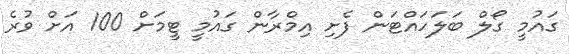
ގައުމީ ގޯލް ބަލަހައްޓަން ފެށި އިމްރާން ގައުމީ ޓީމަށް 100 އަށް ވުރެ